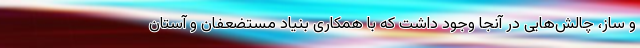
و ساز، چالش‌هایی در آنجا وجود داشت که با همکاری بنیاد مستضعفان و آستان